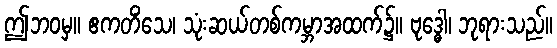
ဤဘဝမှ။ ဧကတိံသေ၊ သုံးဆယ်တစ်ကမ္ဘာအထက်၌။ ဗုဒ္ဓေါ၊ ဘုရားသည်။